Lunatic asylums Bombay report 1878-1890 - 1878-1890
Year: 1878
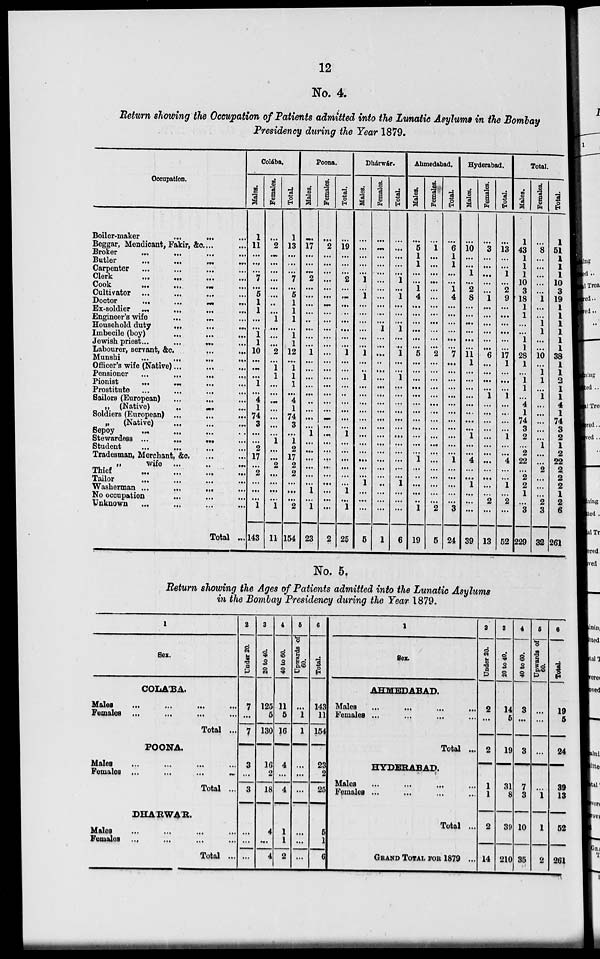
12
No. 4.
Return showing the Occupation of Patients admitted into the Lunatic Asylums in the Bombay
Presidency during the Year 1879.
Occupation.
Boiler-maker
...
...
...
Beggar, Mendicant, Fakir, &c ... ...
Broker
...
...
...
...
Butler
...
...
...
...
Carpenter ... ... ... ...
Clerk
...
...
...
...
Cook ... ... ... ...
Cultivator
...
...
...
...
Doctor ... ... ... ...
Ex-soldier
...
...
...
...
Engineer's wife
...
...
...
Household duty ... ... ...
Imbecile (boy)
...
...
...
Jewish priest
...
...
...
...
Labourer, servant, &c.
...
...
Munshi
...
...
...
...
Officer's wife (Native) ... ... ...
Pensioner
...
...
...
...
Pionist ... ... ... ...
Prostitute ... ... ... ...
Bailors (European) ... ... ...
„ (Native) ... ... ...
Soldiers (European) ... ... ...
„
(Native) ... ... ...
Sepoy
...
...
...
...
Stewardess ... ... ... ...
Student ... ... ... ...
Tradesman, Merchant, &c. ... ...
„
wife
...
...
...
Thief
...
...
...
...
Tailor
...
...
...
...
Washerman ... ... ... ...
No occupation ... ... ...
Unknown
...
...
...
...
Total ...
Colába.
Males.
1
11
...
...
...
7
...
5
1
1
...
...
1
1
10
...
...
...
1
...
4
1
74
3
...
...
2
17
...
2
...
...
...
1
143
Females.
...
2
...
...
...
...
...
...
...
...
1
...
...
...
2
...
1
1
...
...
...
...
...
...
...
1
...
...
2
...
...
...
...
1
11
Total.
1
13
...
...
...
7
...
5
1
1
1
...
1
1
12
...
1
1
1
...
4
1
74
3
...
1
2
17
2
2
...
...
...
2
154
Poona.
Males.
...
17
...
...
...
2
...
...
...
...
...
...
...
...
1
...
...
...
...
...
...
...
...
...
1
...
...
...
...
...
...
1
...
1
23
Females.
...
2
...
...
...
...
...
...
...
...
...
...
...
...
...
...
...
...
...
...
...
...
...
...
...
...
...
...
...
...
...
...
...
...
2
Total.
...
19
...
...
...
2
...
...
...
...
...
...
...
...
1
...
...
...
...
...
...
...
...
...
1
...
...
...
...
...
...
1
...
1
25
Dhárwár.
Males.
...
...
...
...
...
1
...
1
...
...
...
...
...
...
1
...
..
1
...
...
...
...
...
...
...
...
...
...
...
...
1
...
...
...
5
Females.
...
...
...
...
...
...
...
...
...
...
...
1
...
...
...
...
...
...
...
...
...
...
...
...
...
...
...
...
...
...
..
...
...
...
1
Total.
...
...
...
...
...
1
...
1
...
...
...
1
...
...
1
...
...
1
...
...
...
...
...
...
...
...
...
...
...
...
1
...
...
...
6
Ahmedabad.
Males.
...
5
1
1
...
...
1
4
...
...
...
...
...
...
5
...
...
...
...
...
...
...
...
...
...
...
...
1
...
...
...
...
...
1
19
Females.
...
1
...
...
...
...
...
...
...
...
...
...
...
...
2
...
...
...
...
...
...
...
...
...
...
...
...
...
...
...
...
...
...
2
5
Total.
...
6
1
1
...
...
1
4
...
...
...
...
...
...
7
...
...
...
...
...
...
...
...
...
...
...
...
1
...
...
...
...
...
3
24
Hyderabad.
Males.
...
10
...
...
1
...
2
8
...
...
...
...
...
...
11
1
...
...
...
...
...
...
...
...
1
...
...
4
...
...
1
...
...
...
39
Females.
...
3
...
...
...
...
...
1
...
...
...
...
...
...
6
...
...
...
...
1
...
...
...
...
...
...
...
...
...
...
...
...
2
...
13
Total.
...
13
...
...
1
...
2
9
...
...
...
...
...
...
17
1
...
...
...
1
...
...
...
...
1
...
...
4
...
...
1
...
2
...
52
Total.
Males.
1
43
1
1
1
10
3
18
1
1
...
...
1
1
28
1
...
1
1
...
4
1
74
3
2
...
2
22
...
2
2
1
...
3
229
Females.
...
8
...
...
...
...
...
1
...
...
1
1
...
...
10
...
1
1
...
1
...
...
...
...
...
1
...
...
2
...
...
...
2
3
32
Total.
1
51
1
1
1
10
3
19
1
1
1
1
1
1
38
1
1
2
1
1
4
1
74
3
2
1
2
22
2
2
2
1
2
6
261
No. 5.
Return showing the Ages of Patients admitted into the Lunatic Asylums
in the Bombay Presidency during the Year 1879.
1
Sex.
COLA'BA.
Males
...
...
...
...
Females ... ... ... ...
Total ...
POONA.
Males ... ... ... ...
Females
...
...
...
...
Total ...
DHARWAR.
Males ... ... ... ...
Females ... ... ... ...
Total ...
2
Under 20.
7
...
7
3
...
3
...
...
...
3
20 to 40.
125
5
130
16
2
18
4
...
4
4
40 to 60.
11
5
16
4
...
4
1
1
2
5
Upwards of
60.
...
1
1
...
...
...
...
...
...
6
Total.
143
11
154
23
2
25
5
1
6
1
Sex.
AHMEDABAD.
Males ... ... ... ...
Females ... ... ... ...
Total ...
HYDERABAD.
Males ... ... ... ...
Females ... ... ... ...
Total ...
GRAND TOTAL FOR 1879 ...
2
Under 20.
2
...
2
1
1
2
14
3
20 to 40.
14
5
19
31
8
39
210
4
40 to 60.
3
...
3
7
3
10
35
5
Upwards of
60.
...
...
...
1
1
2
6
Total.
19
5
24
39
13
52
261